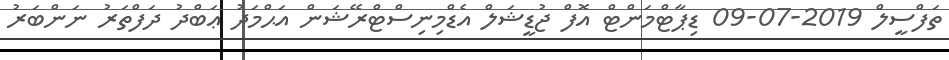
ތަފްސީލް 2019-07-09 ޑިޕާޓްމަންޓް އޮފް ޖުޑީޝަލް އެޑްމިނިސްޓްރޭޝަން އަޙްމަދު ޢަބްދު ދަފްތަރު ނަންބަރު